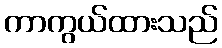
ကာကွယ်ထားသည်